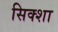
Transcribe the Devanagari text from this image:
सिक्शा